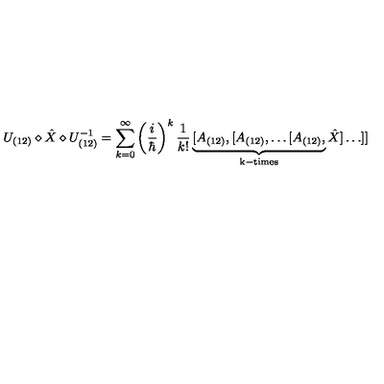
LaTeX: U _ { ( 1 2 ) } \diamond \hat { X } \diamond U _ { ( 1 2 ) } ^ { - 1 } = \sum _ { k = 0 } ^ { \infty } \left( \frac { i } { \hbar } \right) ^ { k } \frac { 1 } { k ! } \underbrace { [ A _ { ( 1 2 ) } , [ A _ { ( 1 2 ) } , \ldots [ A _ { ( 1 2 ) } , } _ { \mathrm { k - t i m e s } } \hat { X } ] \ldots ] ]